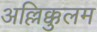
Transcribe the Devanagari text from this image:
अल्लिक्कुलम